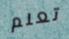
تعلم